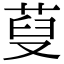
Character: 𦲪